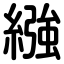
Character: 繈